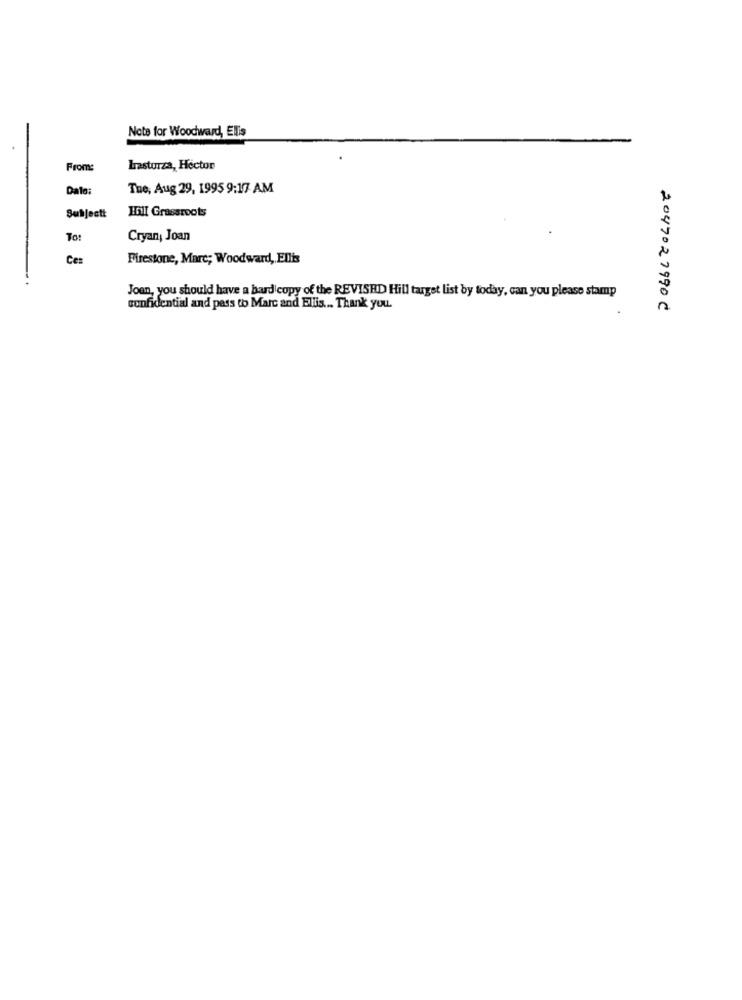
Note for Woodward, Elis
From:
Irastorza, Hector
Dalo:
The, Aug 29, 1995 9:17 AM
Subjectt
IGHI Grassroots
To:
Cryan, Joan
Ces
Firestone, Marc; Woodward, Ellis
Joan, you should have a hard copy of the REVISHD Hill target list by today, can you please stamp
confidential and pass to Marc and Elis ... Thank you.
2047027990C